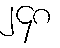
၂၄၈